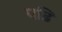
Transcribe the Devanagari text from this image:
पढ़ि